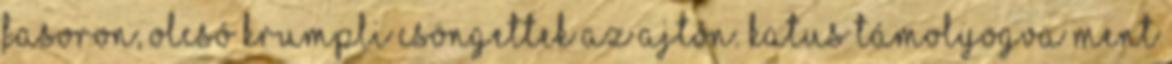
fasoron, Olcsó krumpli Csöngettek az ajtón. Katus támolyogva ment